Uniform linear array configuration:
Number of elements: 12
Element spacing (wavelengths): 0.75
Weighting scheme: binomial
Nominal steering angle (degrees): -30
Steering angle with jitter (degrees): -28.161
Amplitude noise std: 0.05
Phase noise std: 0.05

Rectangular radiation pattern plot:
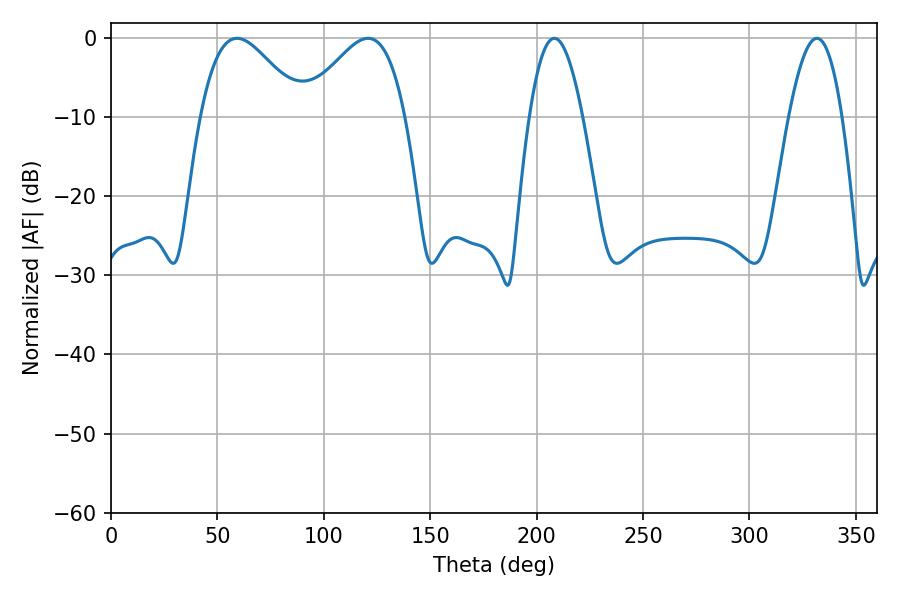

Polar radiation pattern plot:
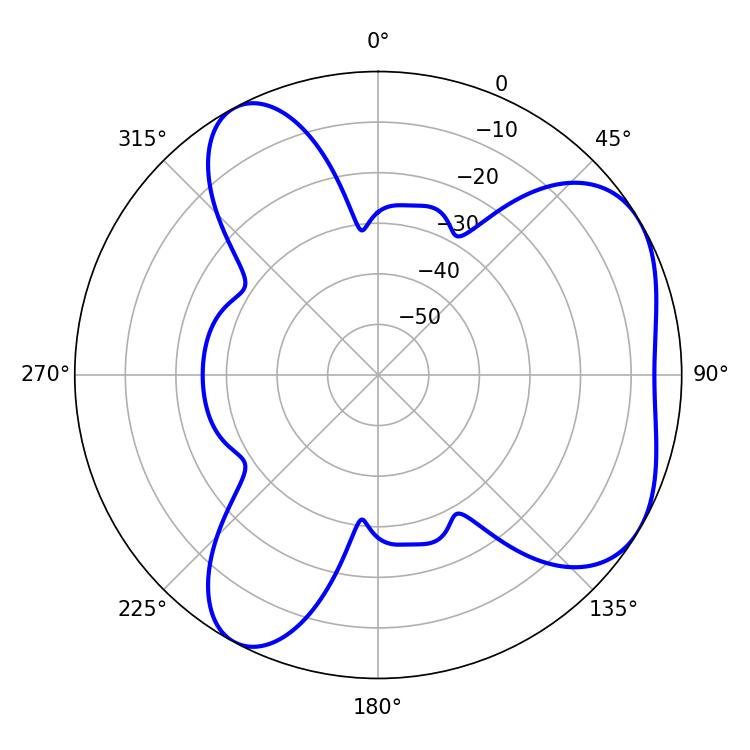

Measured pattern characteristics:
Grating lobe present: TRUE
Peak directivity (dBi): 5.099
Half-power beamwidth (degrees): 25.74
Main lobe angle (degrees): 59.22